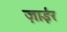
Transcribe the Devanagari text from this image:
ज़ाईर